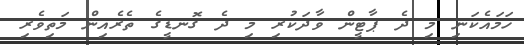
ހަމައެކަނި މި ދެ ޕާޓީން ވާދަކުރި މި ދެ ގޮނޑީގެ ތެރެއިން މަތިވެރި